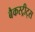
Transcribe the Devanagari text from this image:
बैकस्ट्रीट्स